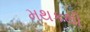
મથકથી